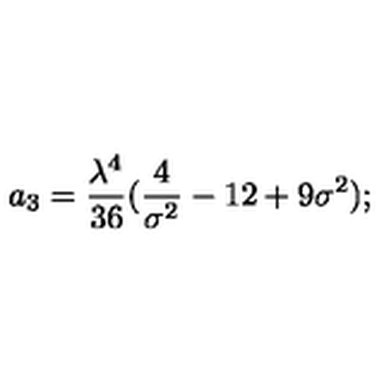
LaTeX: a _ { 3 } = { \frac { \lambda ^ { 4 } } { 3 6 } } ( { \frac { 4 } { \sigma ^ { 2 } } } - 1 2 + 9 \sigma ^ { 2 } ) ;